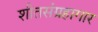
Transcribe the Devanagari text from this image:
शीतसंग्रहागार